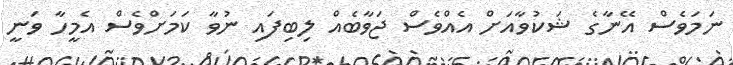
ނަމަވެސް އޭނާގެ ޝަކުވާއަށް އެއްވެސް ޖަވާބެއް ލިބިފައި ނުވާ ކަމަށްވެސް އެމީހާ ވަނީ